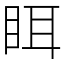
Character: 眲